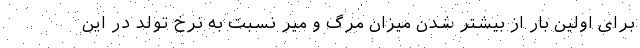
برای اولین بار از بیشتر شدن میزان مرگ و میر نسبت به نرخ تولد در این